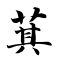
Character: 萁